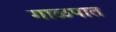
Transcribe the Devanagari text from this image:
गाळपात